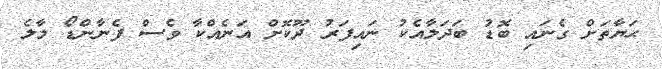
ޙަޔާތަށް ގެނައި ބޮޑު ބަދަލާއެކު ނައިފަރު ދޫކޮށް އަނެއްކާ ވެސް ފެނާންޑޯ މާލެ